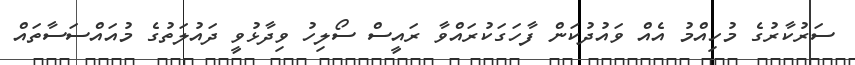
ސަރުކާރުގެ މުހިއްމު އެއް ވައުދުކަން ފާހަގަކުރައްވާ ރައީސް ސޯލިހު ވިދާޅުވީ ދައުލަތުގެ މުއައްސަސާތައް